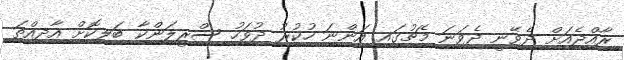
ރާއްޖެއަށް ދެވޭނީ ދެވަނަ މެޗުގައި އަންނަ ހުކުރު ދުވަހު ސްރީލަންކާ ބަލިކޮށް އާދިއްތަ